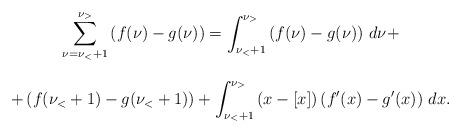
LaTeX: \begin{align*}\begin{array}{c}\displaystyle{ \sum_{\nu=\nu_< +1}^{\nu_>} \left( f(\nu)-g(\nu) \right)= \int_{\nu_< +1}^{\nu_>}\left( f(\nu)-g(\nu) \right)\, d\nu + }\\ \\ \displaystyle{ +\left( f(\nu_< +1)-g(\nu_< +1) \right) + \int_{\nu_< +1}^{\nu_>} \left( x-[x] \right)\left( f'(x)-g'(x) \right) \, dx}.\end{array}\end{align*}